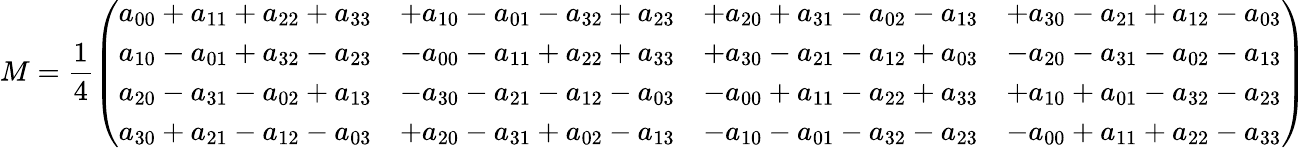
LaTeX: M={\frac{1}{4}}{\left(\begin{array}{llll}{a_{00}+a_{11}+a_{22}+a_{33}}&{+a_{10}-a_{01}-a_{32}+a_{23}}&{+a_{20}+a_{31}-a_{02}-a_{13}}&{+a_{30}-a_{21}+a_{12}-a_{03}}\\ {a_{10}-a_{01}+a_{32}-a_{23}}&{-a_{00}-a_{11}+a_{22}+a_{33}}&{+a_{30}-a_{21}-a_{12}+a_{03}}&{-a_{20}-a_{31}-a_{02}-a_{13}}\\ {a_{20}-a_{31}-a_{02}+a_{13}}&{-a_{30}-a_{21}-a_{12}-a_{03}}&{-a_{00}+a_{11}-a_{22}+a_{33}}&{+a_{10}+a_{01}-a_{32}-a_{23}}\\ {a_{30}+a_{21}-a_{12}-a_{03}}&{+a_{20}-a_{31}+a_{02}-a_{13}}&{-a_{10}-a_{01}-a_{32}-a_{23}}&{-a_{00}+a_{11}+a_{22}-a_{33}}\end{array}\right)}